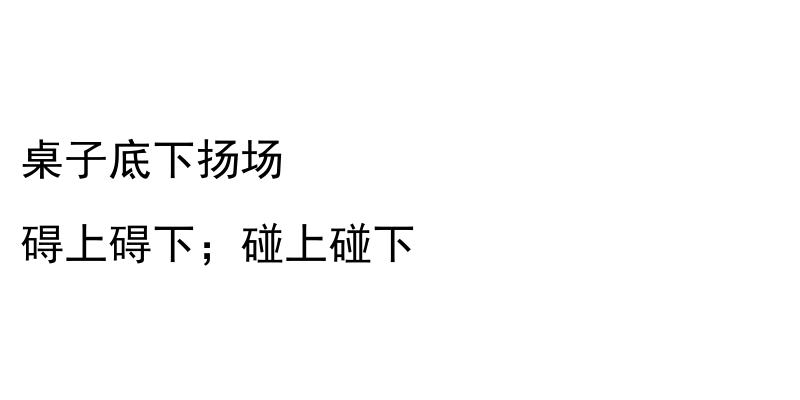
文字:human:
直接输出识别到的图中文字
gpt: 桌子底下扬场 碍上碍下；碰上碰下